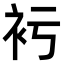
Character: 𧘚